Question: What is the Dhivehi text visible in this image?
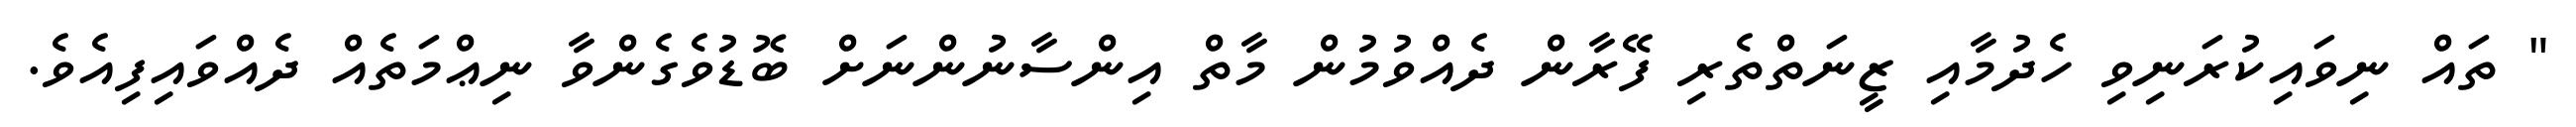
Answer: " ތައް ނިވައިކުރަނިވި ހެދުމާއި ޒީނަތްތެރި ފޭރާން ދެއްވުމުން މާތް އިންސާނުންނަށް ބޮޑުވެގެންވާ ނިޢްމަތެއް ދެއްވައިފިއެވެ.